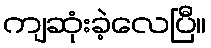
ကျဆုံးခဲ့လေပြီ။